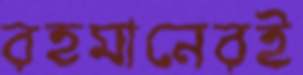
রহমানেরই